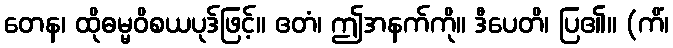
တေန၊ ထိုဓမ္မဝိစယပုဒ်ဖြင့်။ ဧတံ၊ ဤအနက်ကို။ ဒီပေတိ၊ ပြ၏။ (ကိံ၊